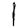
Digit: 1